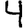
Digit: 4